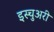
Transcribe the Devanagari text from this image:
इस्चुअरी